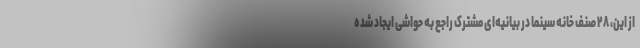
از این، ۲۸ صنف خانه سینما در بیانیه‌ای مشترک راجع به حواشی ایجاد شده